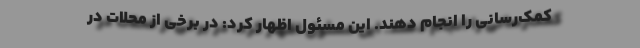
کمک‌رسانی را انجام دهند. این مسئول اظهار کرد: در برخی از محلات در